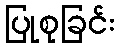
ပြုစုခြင်း